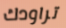
تراودك